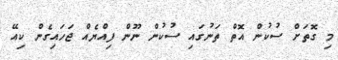
މި ގޮތަށް ސުކުން އޮތް ތަނުގައި ސުކުން ނޫން ފިއްޔެއް ޖަހައިގެން ކިއޭ